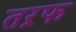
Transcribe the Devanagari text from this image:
तऱफ